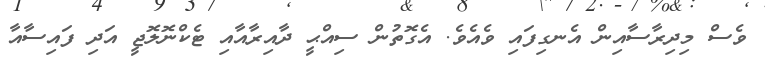
ވެސް މިދިރާސާއިން އެނގިފައި ވެއެވެ. އެގޮތުން ސިއްޙީ ދާއިރާއާއި ޓެކްނޮލޮޖީ އަދި ފައިސާއާ